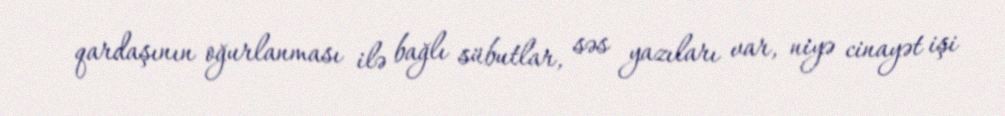
qardaşının oğurlanması ilə bağlı sübutlar, səs yazıları var, niyə cinayət işi